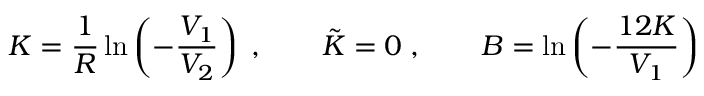
K = \frac { 1 } { R } \ln \left( - \frac { V _ { 1 } } { V _ { 2 } } \right) \; , \qquad \tilde { K } = 0 \; , \qquad B = \ln \left( - \frac { 1 2 K } { V _ { 1 } } \right)